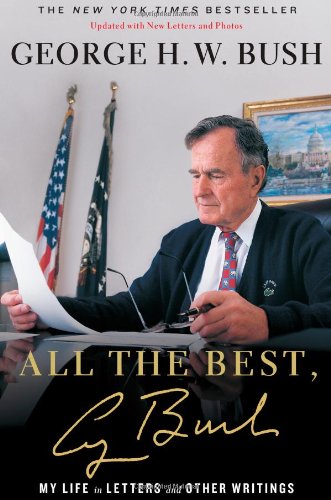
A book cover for All the Best: My Life in Letters and Other Writings; George H.W. Bush; Literature & Fiction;